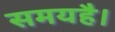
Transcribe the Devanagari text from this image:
समयहै।